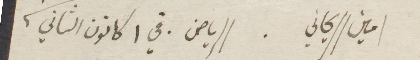
امين الريحاني. الرياض في ١ كانون الثاني